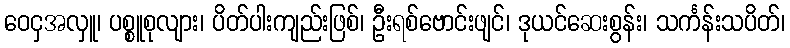
ဝေငှအလှူ၊ ပစ္စူစုလျား၊ ပိတ်ပါးကျည်းဖြစ်၊ ဦးရစ်ဗောင်းဖျင်၊ ဒုယင်ဆေးစွန်း၊ သင်္ကန်းသပိတ်၊